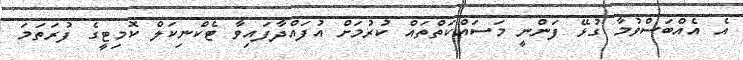
އެ އެއްބަސްވުމާ ގުޅޭ ފަންނީ މަސައްކަތްތައް ކުރުމަށް އުފައްދާފައިވާ ޓެކްނިކަލް ކޮމިޓީގެ ފުރަތަމަ